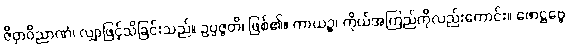
ဇိဝှာဝိညာဏံ၊ လျှာဖြင့်သိခြင်းသည်။ ဥပ္ပဇ္ဇတိ၊ ဖြစ်၏။ ကာယဉ္စ၊ ကိုယ်အကြည်ကိုလည်းကောင်း။ ဖောဋ္ဌဗ္ဗေ